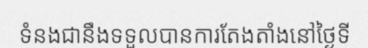
ទំនងជានឹងទទួលបានការតែងតាំងនៅថ្ងៃទី